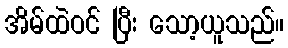
အိမ်ထဲဝင် ပြီး သော့ယူသည်။